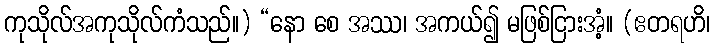
ကုသိုလ်အကုသိုလ်ကံသည်။) “နော စေ အဿ၊ အကယ်၍ မဖြစ်ငြားအံ့။ (ဧတရဟိ၊